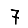
Digit: 7